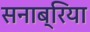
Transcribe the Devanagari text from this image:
सनाब्रिया